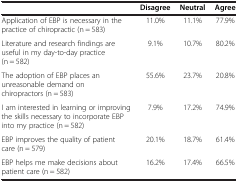
|  | Disagree | Neutral | Agree |
 | --- | --- | --- | --- |
 | Application of EBP is necessary in the practice of chiropractic (n = 583) | 11.0% | 11.1% | 77.9% |
 | Literature and research findings are useful in my day-to-day practice (n = 582) | 9.1% | 10.7% | 80.2% |
 | The adoption of EBP places an unreasonable demand on chiropractors (n = 583) | 55.6% | 23.7% | 20.8% |
 | I am interested in learning or improving the skills necessary to incorporate EBP into my practice (n = 582) | 7.9% | 17.2% | 74.9% |
 | EBP improves the quality of patient care (n = 579) | 20.1% | 18.7% | 61.4% |
 | EBP helps me make decisions about patient care (n = 582) | 16.2% | 17.4% | 66.5% |